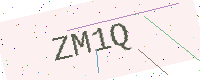
Text: ZM1Q